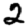
Digit: 2